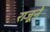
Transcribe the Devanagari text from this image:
राजूने